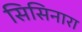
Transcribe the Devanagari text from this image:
सिसिनारा